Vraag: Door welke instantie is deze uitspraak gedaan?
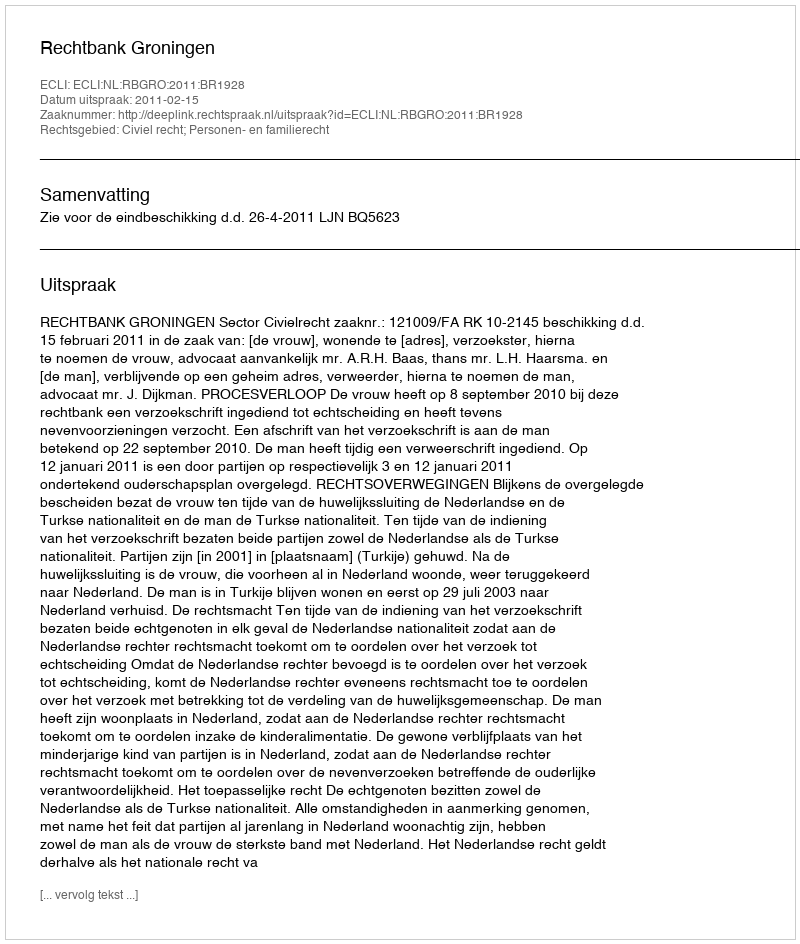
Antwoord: Rechtbank Groningen